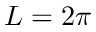
L = 2 \pi